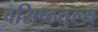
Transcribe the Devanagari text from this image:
वसिष्ठतुल्य